Scottish Leaving Certificate Examination, 1959
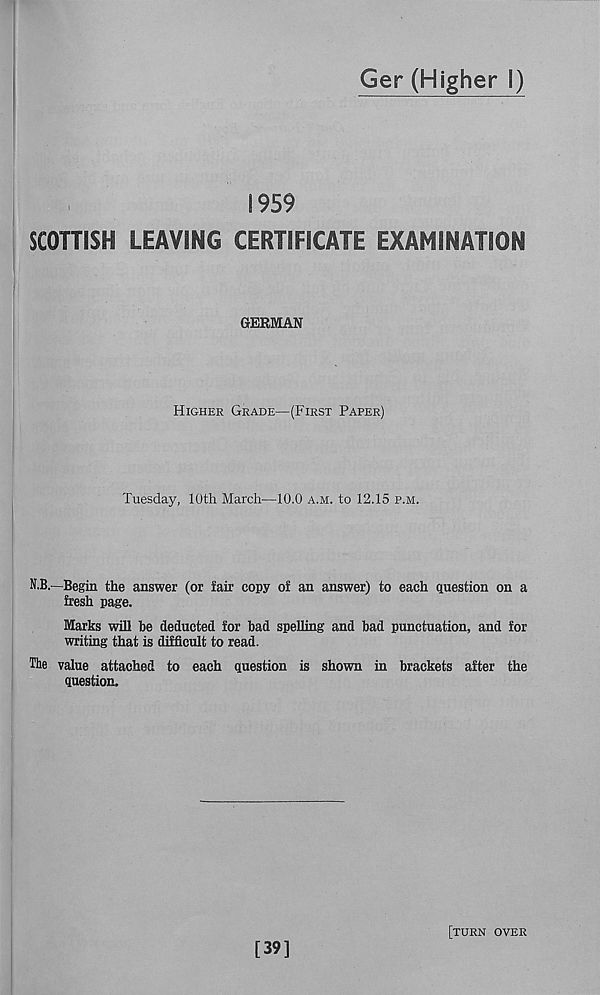
Ger (Higher I)
1959
SCOTTISH LEAVING CERTIFICATE EXAMINATION
GERMAN
Higher Grade—(First Paper)
Tuesday, 10th March'—10.0 a.m. to 12.15 p.m.
N.B.—Begin the answer (or fair copy of an answer) to each question on a
fresh page.
Marks will be deducted for bad spelling and bad punctuation, and for
writing that is difficult to read.
The value attached to each question is shown in brackets after the
question.
[39]
[turn over